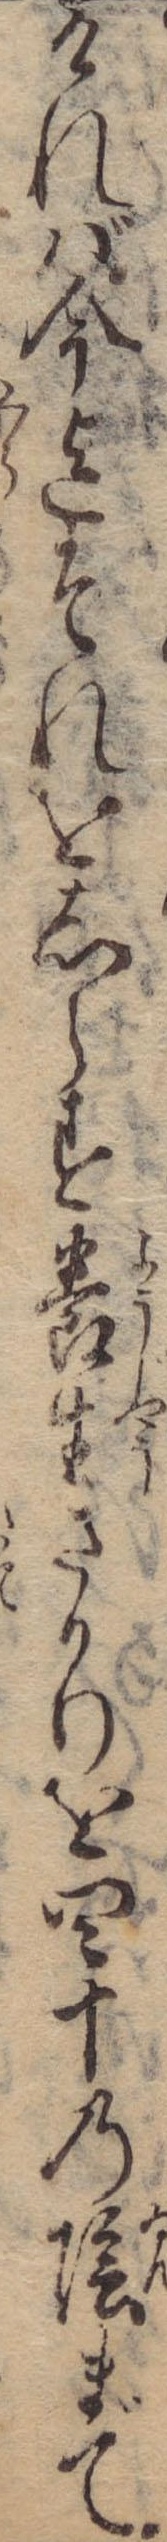
ければ今迄それをしらす養生さかりを四十の陰まで